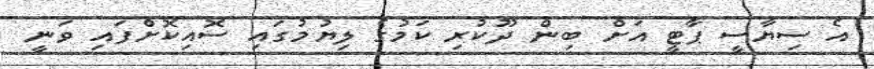
އެ ސިޔާސީ ޕާޓީ އަށް ބިން ދޫކުރި ކަމުގެ ލިޔުމުގައި ސޮއިކޮށްފައި ވަނީ